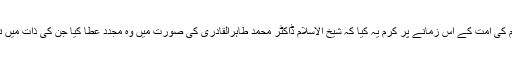
آج اللہ رب العزت نے ہم پر اور حضور صلی اللہ علیہ وآلہ وسلم کی امت کے اِس زمانے پر کرم یہ کیا کہ شیخ الاسلام ڈاکٹر محمد طاہرالقادری کی صورت میں وہ مجدد عطا کیا جن کی ذات میں تفکر، تحقق، تحرک، تفقہ، تصوف اور تحسن سب کچھ جمع ہے۔